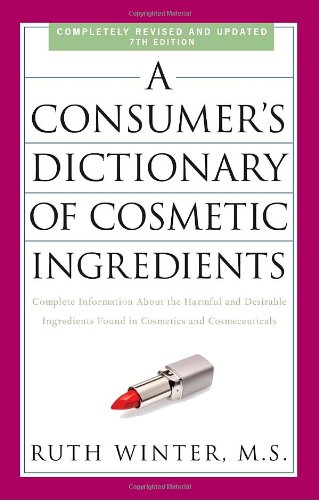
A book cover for A Consumer's Dictionary of Cosmetic Ingredients, 7th Edition: Complete Information About the Harmful and Desirable Ingredients Found in Cosmetics and Cosmeceuticals; Ruth Winter; Health, Fitness & Dieting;